Cholera in southern India
Disease focus: Cholera
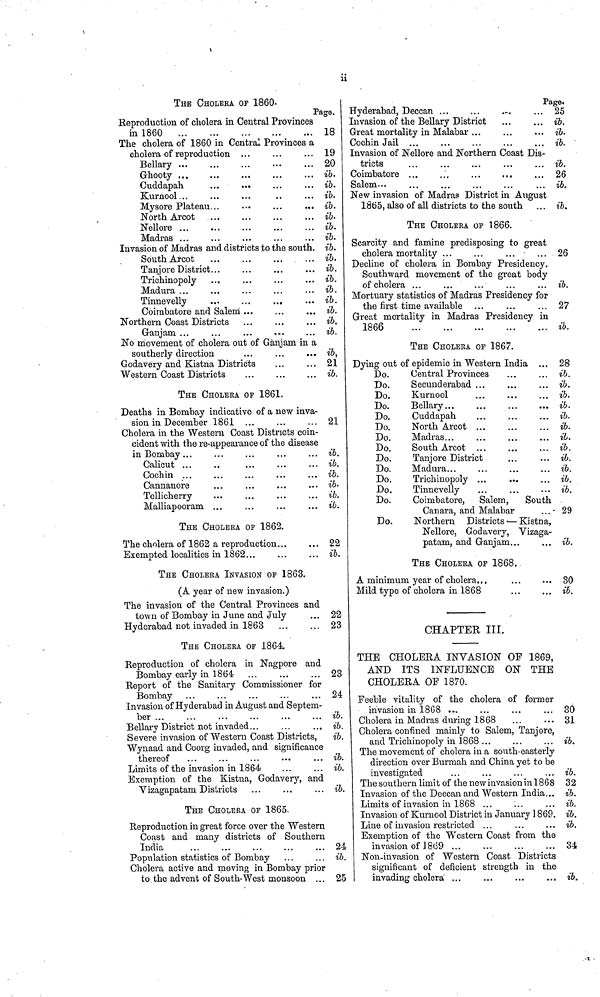
ii
THE CHOLERA OP 1860-
Page.
Reproduction of cholera in Central Provinces
in 1860
18
The cholera of 1860 in Central Provinces a
cholera of reproduction ...
...
... 19
Bellary
20
Ghooty ...
...
...
...
... ib.
Cuddapah
...
...
...
... ib.
Kurnool...
...
...
..
... ib.
Mysore Plateau...
...
...
... ib.
North Arcot
ib.
Nellore
ib.
Madras ...
...
...
...
... ib.
Invasion of Madras and districts to the south. ib.
South Arcot
...
...
...
... ib.
Tanjore District...
...
...
... ib.
Trichinopoly ...
...
...
... ib.
Madura ...
...
...
...
... ib.
Tinnevelly
...
...
...
... ib.
Coimbatore and Salem ...
...
... ib.
Northern Coast Districts ...
...
... ib.
Ganjam ...
...
...
...
... ib.
No movement of cholera out of Ganjarn. in a
southerly direction
...
...
... ib,
Godavery and Kistna Districts
...
... 21
Western Coast Districts
...
...
... ib.
THE CHOLERA OF 1861.
Deaths in Bombay indicative of a new inva-
sion in December 1861 ...
...
... 21
Cholera in the Western Coast Districts coin-
cident with the re-appearance of the disease
in Bombay...
...
...
...
... ib.
Calicut ...
..
...
...
... ib.
Cochin ...
...
...
...
... ib.
Cannanore
...
...
...
... ib.
Tellicherry
...
...
...
... ib.
Malliapooram ...
...
...
... ib.
THE CHOLERA OP 1862.
The cholera of 1862 a reproduction...
... 22
Exempted localities in 1862...
...
... ib.
THE CHOLERA INVASION OP 1863.
(A year of new invasion.)
The invasion of the Central Provinces and
town of Bombay in June and July
... 22
Hyderabad not invaded in 1863
23
THE CHOLERA OF 1864
Reproduction of cholera in Nagpore and
Bombay early in 1864
23
Report of the Sanitary Commissioner for
Bombay ...
...
...
...
... 24
Invasion of Hyderabad in August and Septem-
ber ...
...
...
...
...
... ib.
Bellary District not invaded...
...
... ib.
Severe invasion of Western Coast Districts,
ib.
Wynaad and Coorg invaded, and significance
thereof
...
...
...
...
... ib.
Limits of the invasion in 1864
...
... ib.
Exemption of the Kistna, Godavery, and
Vizagapatam Districts
...
...
... ib.
THE CHOLERA OF 1865.
Reproduction in great force over the Western
Coast and many districts of Southern
India
24
Population statistics of Bombay ...
... ib.
Cholera active and moving in Bombay prior
to the advent of South-West monsoon ... 25
Page.
Hyderabad, Deccan
25
Invasion of the Bellary District
ib.
Great mortality in Malabar
ib.
Cochin Jail ...
...
...
...
... ib.
Invasion of Nellore and Northern Coast Dis-
tricts
...
...
...
...
... ib.
Coimbatore ...
...
...
...
... 26
Salem...
...
...
...
...
... ib.
New invasion of Madras District in August
1865, also of all districts to the south ... ib.
THE CHOLERA OP 1866.
Scarcity and famine predisposing to great
cholera mortality ...
...
...
... 26
Decline of cholera in Bombay Presidency.
Southward movement of the great body
of cholera ...
...
...
...
... ib.
Mortuary statistics of Madras Presidency for
the first time available ...
...
... 27
Great mortality in Madras Presidency in
1866
ib.
THE CHOLERA OP 1867.
Dying out of epidemic in Western India ... 28
Do.
Central Provinces
...
... ib.
Do.
Secunderabad ...
...
... ib.
Do.
Kurnool
...
...
... ib.
Do.
Bellary
ib.
Do.
Cuddapah
...
...
... ib.
Do.
North Arcot ...
...
... ib.
Do.
Madras...
...
...
... il.
Do.
South Arcot ...
...
... ib.
Do.
Tanjore District
...
... ib.
Do.
Madura...
...
...
... ib.
Do.
Trichinopoly ...
...
... ib.
Do.
Tinnevelly
ib.
Do.
Coimbatore, Salem,
South
Canara, and Malabar
... 29
Do.
Northern Districts — Kistna,
Nellore, Godavery, Vizaga-
patam, and Ganjam...
... ib.
THE CHOLERA OP 1868.
A minimum year of cholera...
...
... 30
Mild type of cholera in 1868
...
... ib.
CHAPTER III.
THE CHOLERA INVASION OF 1869,
AND ITS INFLUENCE ON THE
CHOLERA OF 1870.
Feeble vitality of the cholera of former
invasion in 1868 ...
30
Cholera in Madras during 1868
...
... 31
Cholera confined mainly to Salem, Tanjore,
and Trichinopoly in 1868 ...
...
... ib.
The movement of cholera in a south-easterly
direction over Burmah and China yet to be
investigated
...
...
...
... ib.
The southern limit of the new invasion in 1868 32
Invasion of the Deccan and Western India... ib.
Limits of invasion in 1868 ...
...
... ib.
Invasion of Kumool District in January 1869. ib.
Line of invasion restricted ...
...
... ib.
Exemption of the Western Coast from the
invasion of
1869...
...
... 34.
Non-invasion of Western Coast Districts
significant of deficient strength in the
invading cholera ...
...
...
... ib.